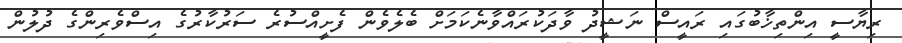
ރިޔާސީ އިންތިޚާބުގައި ރައީސް ނަޝީދު ވާދަކުރައްވާނެކަމަށް ބެލެވެން ފެށީއްސުރެ ސަރުކާރުގެ އިސްވެރިންގެ ދުލުން